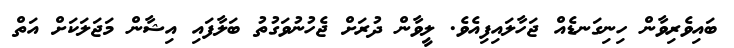
ބައިވެރިވާން ހިނިގަނޑެއް ޖަހާލައިފިއެވެ. ލީވާން ދުރަށް ޖެހުނުވަގުތު ބަލާފައި އިޝާން މަޖަލަކަށް އަތް